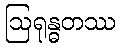
ဩရုန္ဓတဿ